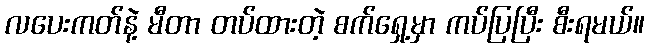
လပေးကတ်နဲ့ မီတာ တပ်ထားတဲ့ စက်ရှေ့မှာ ကပ်ပြပြီး စီးရမယ်။